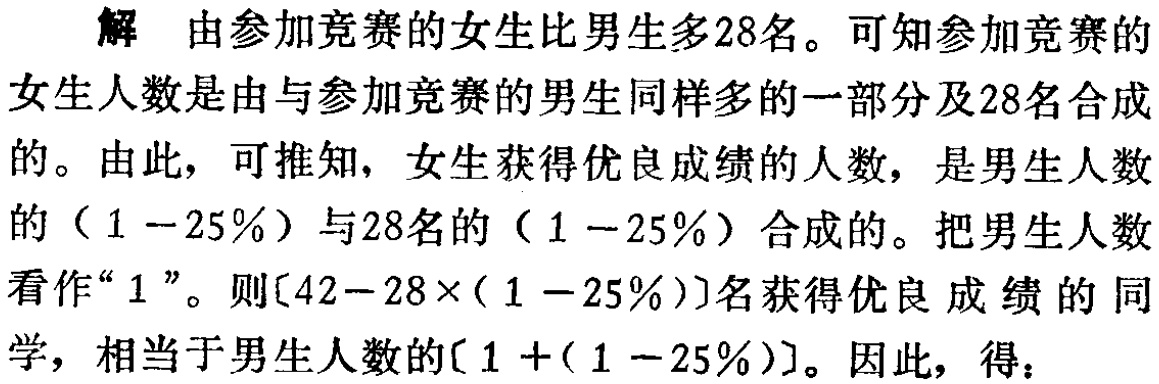
27.（本小题满分10分）在单位正方体 \(AC_{1}\) 的表面上取一点 \(E\)，连 \(AE\)，已知 \(AE\) 与 \(BC\)，\(A_{1}B_{1}\) 的夹角都是 \(60^{\circ}\).